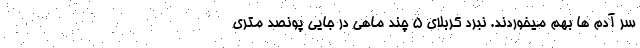
سر آدم ها بهم میخوردند. نبرد کربلای 5 چند ماهی در جایی پونصد متری